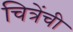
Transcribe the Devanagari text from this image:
चित्रेंची